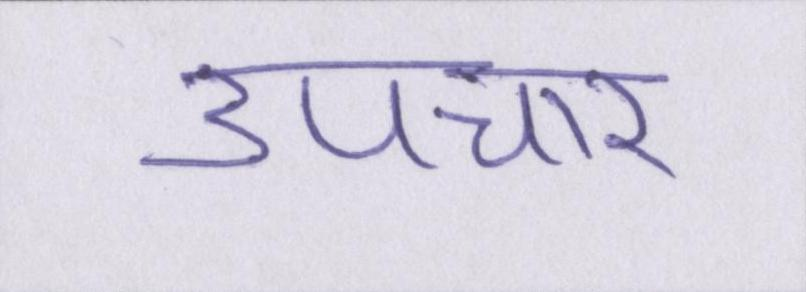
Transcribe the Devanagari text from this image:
उपचार